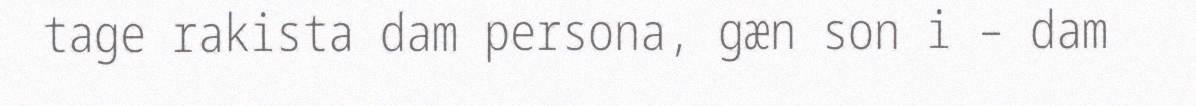
tage rakista dam persona, gæn son i – dam